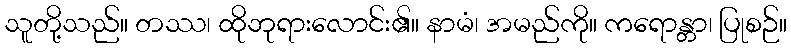
သူတို့သည်။ တဿ၊ ထိုဘုရားလောင်း၏။ နာမံ၊ အမည်ကို။ ကရောန္တာ၊ ပြုစဉ်။